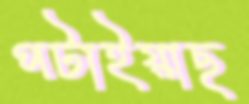
পটাইয়াছ